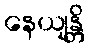
နေယျန္တိ